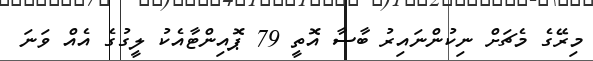
މިރޭގެ މެޗަށް ނިކުންނައިރު ބާސާ އޮތީ 79 ޕޮއިންޓާއެކު ލީގުގެ އެއް ވަނަ